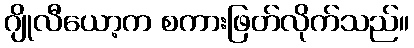
ဂျိုလီယော့က စကားဖြတ်လိုက်သည်။